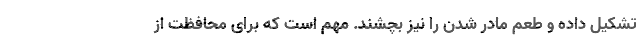
تشکیل داده و طعم مادر شدن را نیز بچشند. مهم است که برای محافظت از